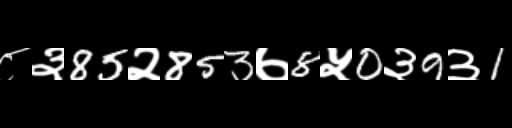
Text: ८३85२853७8५0३9३1